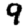
Digit: 9